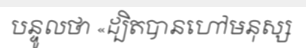
បន្ទូលថា «ដ្បិតបានហៅមនុស្ស